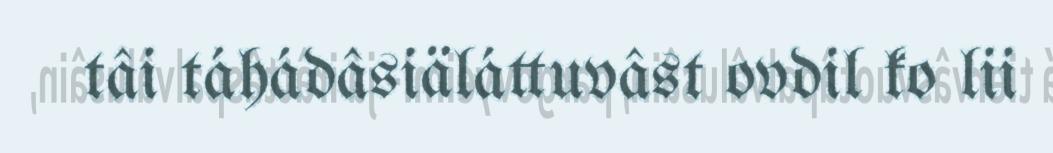
tâi táhádâsiäláttuvâst ovdil ko lii